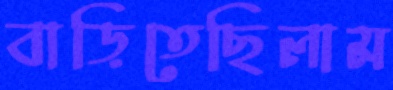
বাড়িতেছিলাম